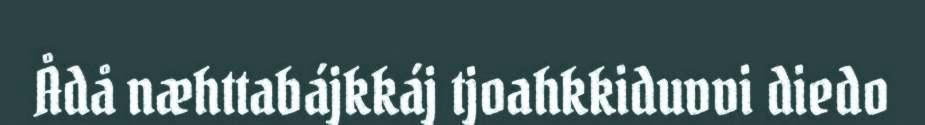
Ådå næhttabájkkáj tjoahkkiduvvi diedo